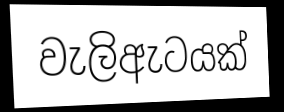
වැලිඇටයක්